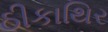
ઠીકાથિર